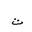
Letter: _ta